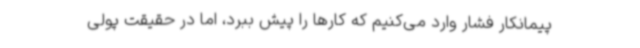
پیمانکار فشار وارد می‌کنیم که کارها را پیش ببرد، اما در حقیقت پولی